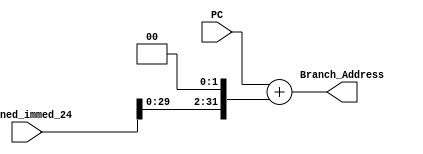
module PC_Branch_Addr(PC, signed_immed_24, Branch_Address);
    input [31:0] PC, signed_immed_24; // signed immediate must be 24 bits. change needed.
    output [31:0] Branch_Address;
    assign Branch_Address = PC + (signed_immed_24 << 2);
endmodule